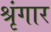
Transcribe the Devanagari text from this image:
श्रृंंगार